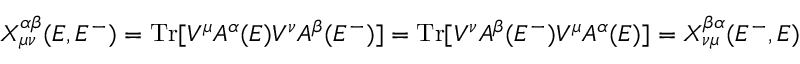
X _ { \mu \nu } ^ { \alpha \beta } ( E , E ^ { - } ) = \operatorname { T r } [ V ^ { \mu } A ^ { \alpha } ( E ) V ^ { \nu } A ^ { \beta } ( E ^ { - } ) ] = \operatorname { T r } [ V ^ { \nu } A ^ { \beta } ( E ^ { - } ) V ^ { \mu } A ^ { \alpha } ( E ) ] = X _ { \nu \mu } ^ { \beta \alpha } ( E ^ { - } , E )